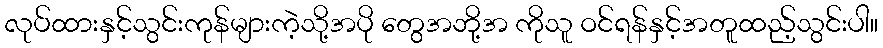
လုပ်ထားနှင့်သွင်းကုန်များကဲ့သို့အပို တွေအဘို့အ ကိုသူ ဝင်ရန်နှင့်အတူထည့်သွင်းပါ။